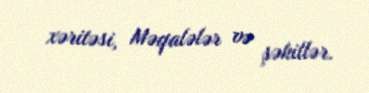
xəritəsi, Məqalələr və şəkillər.